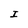
Character: I